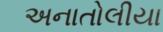
અનાતોલીયા